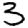
Digit: 3